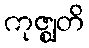
ကုဇ္ဈတိ